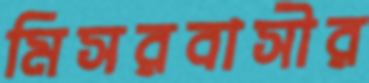
মিসরবাসীর